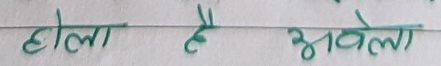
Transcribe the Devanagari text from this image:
होला है अवेला